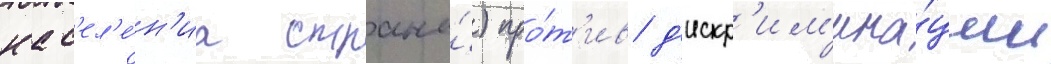
нас'ел'е́н'иа страны́) про́т'ив д'искр'им'ина́ции